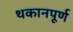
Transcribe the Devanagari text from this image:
थकानपूर्ण